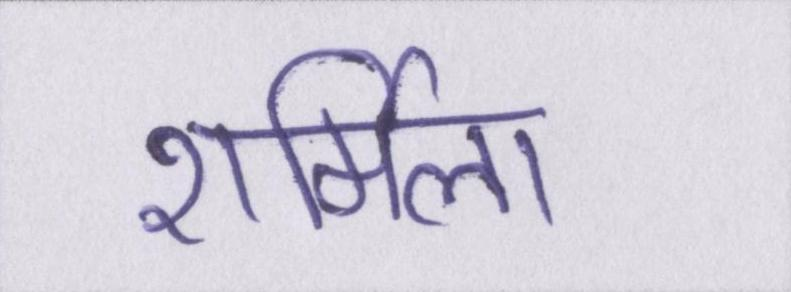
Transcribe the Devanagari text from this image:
शर्मिला